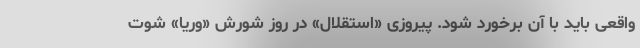
واقعی باید با آن برخورد شود. پیروزی «استقلال» در روز شورش «وریا» شوت